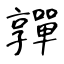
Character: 嚲